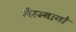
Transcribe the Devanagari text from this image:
मैरम्बायो